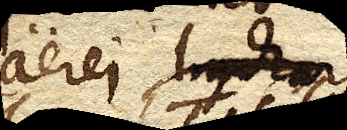
aerei